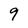
Character: 9